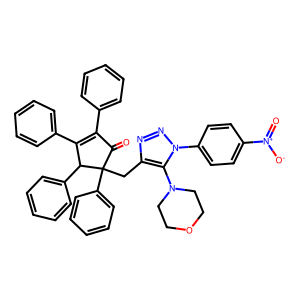
SMILES: O=C1C(c2ccccc2)=C(c2ccccc2)C(c2ccccc2)C1(Cc1nnn(-c2ccc([N+](=O)[O-])cc2)c1N1CCOCC1)c1ccccc1
Inhibits HIV replication: No